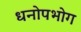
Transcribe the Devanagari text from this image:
धनोपभोग